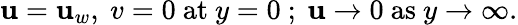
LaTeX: \mathbf{u}=\mathbf{u}_{w},~v=0~\textrm{{at}}\ y=0~;~\mathbf{u}\to0~\textrm{{as}}\ y\to\infty.